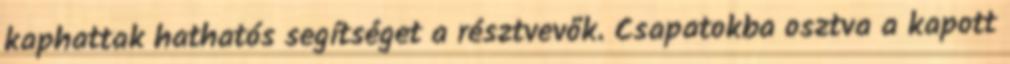
kaphattak hathatós segítséget a résztvevők. Csapatokba osztva a kapott